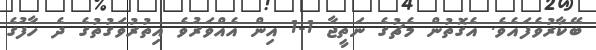
ބޭކާރުވެފައެވެ. އެގޮތުން މެޗުގެ ނަތީޖާ 1-1 އިން އެއްވަރުވެ އިތުރުވަގުތުގެ ދެ ހާފުގެ